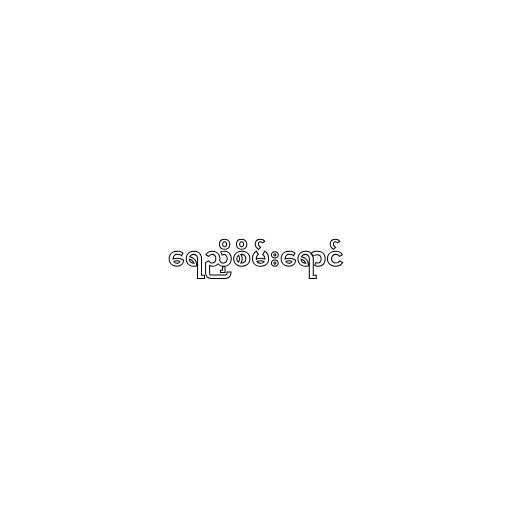
ရေညှိစိမ်းရောင်